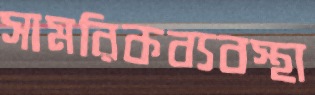
সামরিকব্যবস্থা